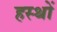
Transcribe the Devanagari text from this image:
हस्थों